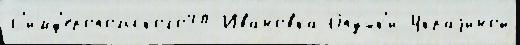
С'имф'еропольского40 Ивановка Опу́шк'и Украjиной